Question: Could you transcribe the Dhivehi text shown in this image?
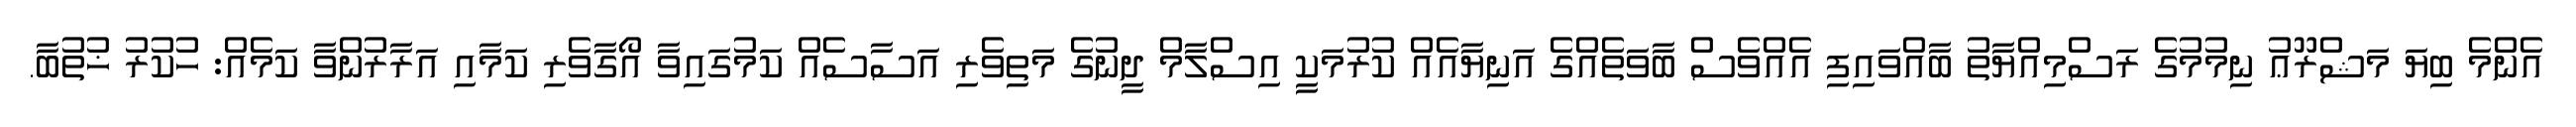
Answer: އެންމެ ބިޔަ މަޝްރޫޢު ނިމުމުގެ ރަސްމިއްޔާތު ބާއްވައިފި އެއްވެސް ބާވަތެއްގެ އަނިޔާއެއް ކުރުމަކީ އިސްލާމް ދީނުގެ މަތިވެރި އަސާސެއް ކަމުގައިވާ އޯގާވެރި ކަމާއި އަރާރުންވާ ކަމެއް: ހުކުރު ޚުތުބާ.